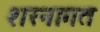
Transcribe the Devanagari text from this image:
शरनागत